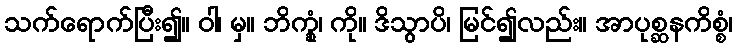
သက်ရောက်ပြီး၍။ ဝါ၊ မှ။ ဘိက္ခုံ၊ ကို။ ဒိသွာပိ၊ မြင်၍လည်း။ အာပုစ္ဆနကိစ္စံ၊